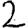
Digit: 2